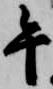
午